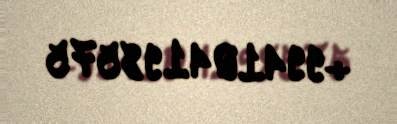
+994104198575